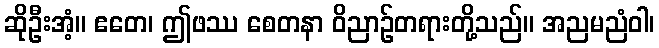
ဆိုဦးအံ့။ ဧတေ၊ ဤဖဿ စေတနာ ဝိညာဉ်တရားတို့သည်။ အညမညံဝါ၊